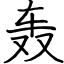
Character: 轰